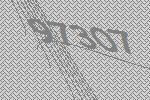
97307